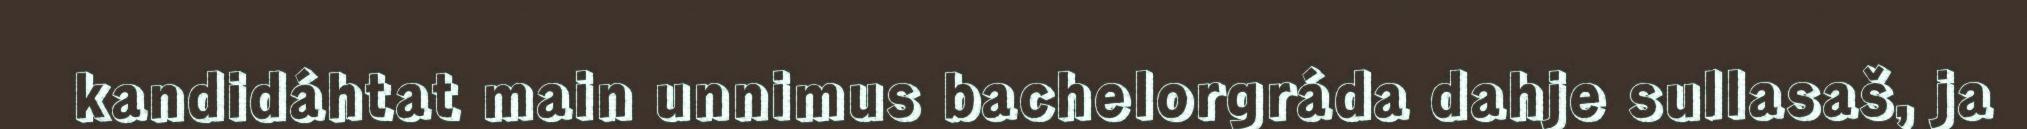
kandidáhtat main unnimus bachelorgráda dahje sullasaš, ja